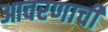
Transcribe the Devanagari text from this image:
आवरणाची